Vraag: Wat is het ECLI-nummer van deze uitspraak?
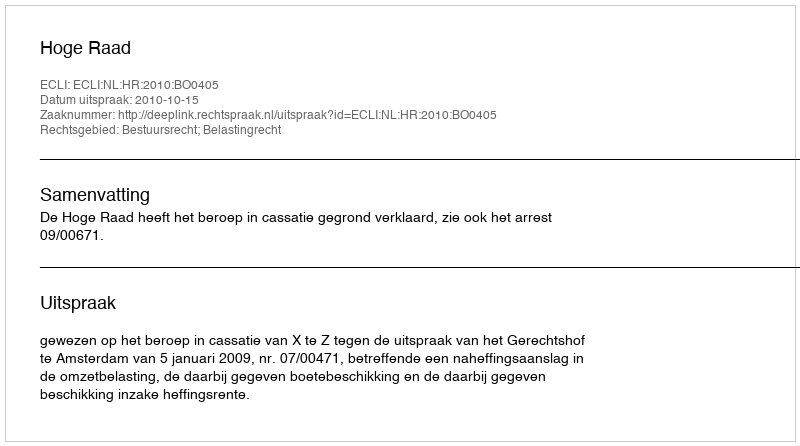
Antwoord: ECLI:NL:HR:2010:BO0405